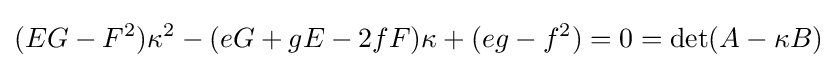
(EG-F^{2})\kappa ^{2}-(eG+gE-2fF)\kappa +(eg-f^{2})=0=\det(A-\kappa B)